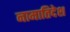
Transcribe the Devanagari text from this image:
नामातिदेश